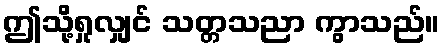
ဤသို့ရှုလျှင် သတ္တသညာ ကွာသည်။